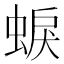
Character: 蜧